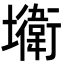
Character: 𡓎